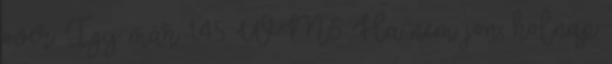
over. Így már 1,45 WM5: Ha nem jön, holnap